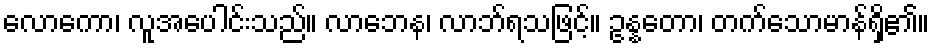
လောကော၊ လူအပေါင်းသည်။ လာဘေန၊ လာဘ်ရသဖြင့်။ ဥန္နတော၊ တက်သောမာန်ရှိ၏။